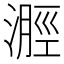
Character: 𣻽